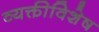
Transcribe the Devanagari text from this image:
व्यक्तीविशेष